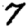
Digit: 7